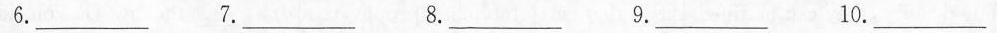
6.___ 7.___ 8.___ 9.___ 10. ___